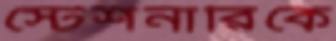
স্টেশনারিকে